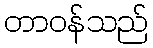
တာဝန်သည်